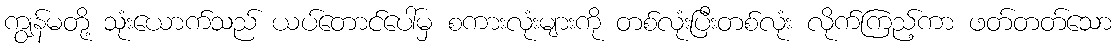
ကျွန်မတို့ သုံးယောက်သည် ယပ်တောင်ပေါ်မှ စကားလုံးများကို တစ်လုံးပြီးတစ်လုံး လိုက်ကြည့်ကာ ဖတ်တတ်သော